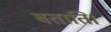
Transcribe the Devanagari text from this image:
बताति।